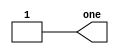
module top_module (
    output one
);
    assign one = 1'b1;
endmodule